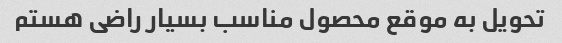
تحویل به موقع محصول مناسب بسیار راضی هستم